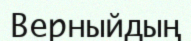
Верныйдың